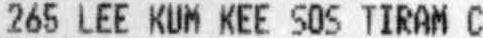
265 LEE KUM KEE SOS TIRAM C